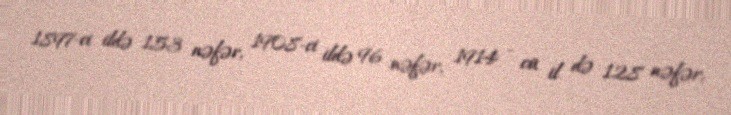
1897-ci ildə 153 nəfər, 1908-ci ildə 96 nəfər, 1914 - cü il də 128 nəfər,